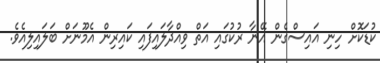
ކުޑަކޮށް ހިނި އައިސްގެން އޭނާ ރުކުގައި އަތް ވިއްދާލައިފައި ކައިރިން އެމޫނަށް ބަލައިލިއެވެ.